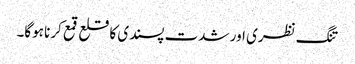
تنگ نظری اور شدت پسندی کا قلع قمع کرنا ہوگا۔